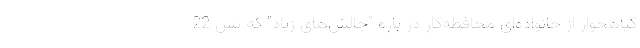
گیاهخوار از خانواده‌ای محافظه‌کار در باره "چالش‌های زیاد" که پس 22